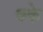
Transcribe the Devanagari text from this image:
क्के